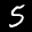
Label: 5